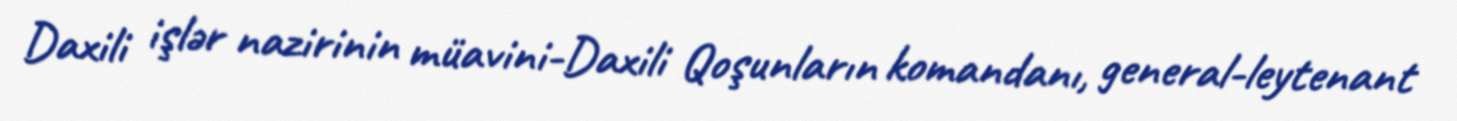
Daxili işlər nazirinin müavini-Daxili Qoşunların komandanı, general-leytenant